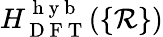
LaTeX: H_{\mathrm{~D~F~T~}}^{\mathrm{~h~y~b~}}(\{ \mathcal{R}\} )